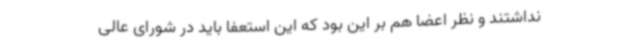
نداشتند و نظر اعضا هم بر این بود که این استعفا باید در شورای عالی